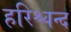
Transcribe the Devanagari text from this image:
हरिश्चन्द